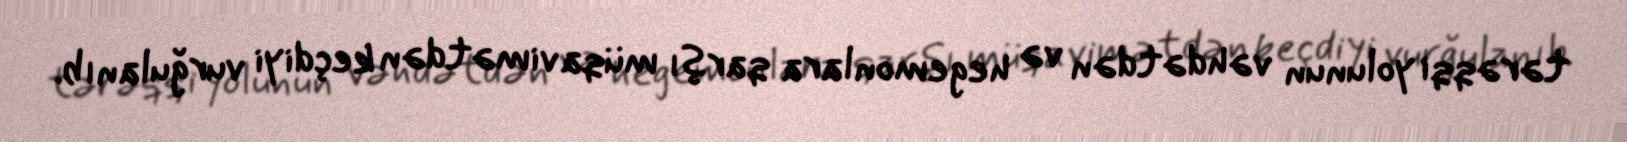
tərəqqi yolunun vəhdətdən və hegemonlara qarşı müqavimətdən keçdiyi vurğulanıb.